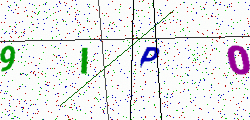
Text: 9IP0